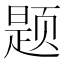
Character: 题